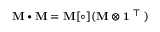
\mathbf { M } \bullet \mathbf { M } = \mathbf { M } [ \circ ] ( \mathbf { M } \otimes \mathbf { 1 } ^ { \textsf { T } } )